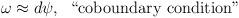
LaTeX: \begin{align*}\omega\approx d \psi, \;\; \hbox{``coboundary condition"}\end{align*}